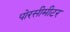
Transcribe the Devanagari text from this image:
पोरसीमीटर